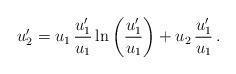
LaTeX: \begin{align*} u_2' =u_1\,\frac{u_1'}{u_1} \ln\left(\frac{u_1'}{u_1}\right) +u_2\,\frac{u_1'}{u_1}\,.\end{align*}